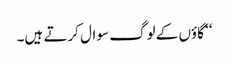
‘‘ گاؤں کے لوگ سوال کرتے ہیں۔